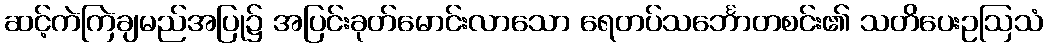
ဆင့်ကဲကြဲချမည်အပြု၌ အပြင်းခုတ်မောင်းလာသော ရေတပ်သင်္ဘောတစင်း၏ သတိပေးဥဩသံ